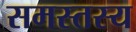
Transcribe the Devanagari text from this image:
समस्तस्य